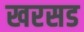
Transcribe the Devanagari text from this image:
खरसड